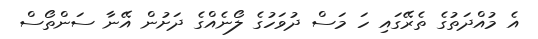
އެ މުއްދަތުގެ ތެރޭގައި ހަ މަސް ދުވަހުގެ ލޯނެއްގެ ދަށުން އޭނާ ސަންތޯސް